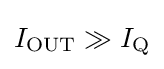
I_{\text{OUT}}\gg I_{\text{Q}}